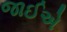
જાઈએ